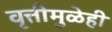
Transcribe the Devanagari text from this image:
वृत्तीमुळेही